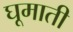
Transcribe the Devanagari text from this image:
घूमाती